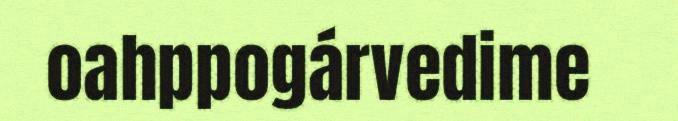
oahppogárvedime